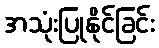
အသုံးပြုနိုင်ခြင်း